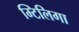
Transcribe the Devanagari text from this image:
म्टिलिगा